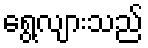
ရွေ့လျားသည်